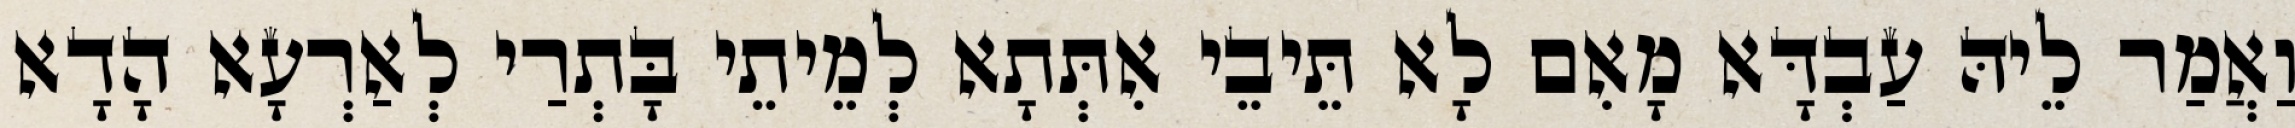
וַאֲמַר לֵיהּ עַבְדָּא מָאִם לָא תֵּיבֵי אִתְּתָא לְמֵיתֵי בָּתְרַי לְאַרְעָא הָדָא